Civil Veterinary Department Bengal reports 1933-51 - 1933-1951
Year: 1933
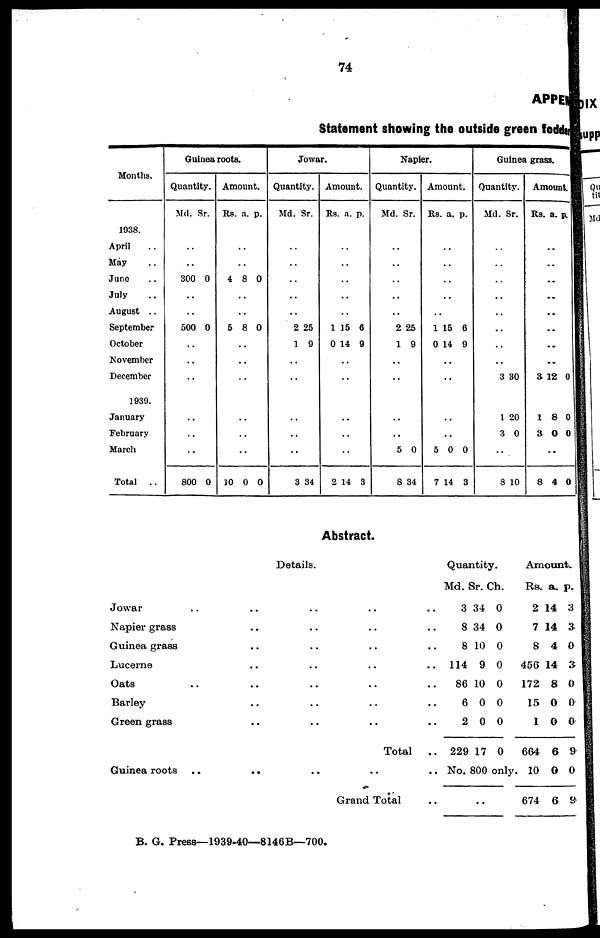
74
APPENDIX
Statement showing the outside green fodder
Months.
1938.
April ..
May ..
June ..
July ..
August ..
September
October
November
December
1939.
January
February
March
Total
..
Guinea roots.
Quantity.
Md.
..
..
300
..
..
500
..
..
..
..
..
..
800
Sr.
0
0
0
Amount.
Rs.
..
..
4
..
..
5
..
..
..
..
..
..
10
a.
8
8
0
p.
0
0
0
Jowar.
Quantity.
Md.
..
..
..
..
..
2
1
..
..
..
..
..
8
Sr.
25
9
34
Amount.
Rs.
..
..
..
..
..
1
0
..
..
..
..
..
2
a.
15
14
14
p.
6
9
3
Napier.
Quantity.
Md.
..
..
..
..
..
2
1
..
..
..
..
5
8
Sr.
25
9
0
34
Amount.
Rs.
..
..
..
..
..
1
0
..
..
..
..
5
7
a.
15
14
0
14
p.
6
9
0
3
Guinea grass.
Quantity.
Md.
..
..
..
..
..
..
..
..
3
1
3
..
8
Sr.
30
20
0
10
Amount.
Rs.
..
..
..
..
..
..
..
..
3
1
3
..
8
a.
12
8
0
4
p.
0
0
0
0
Abstract.
Details.
Jowar .. .. .. .. ..
Napier grass .. .. .. ..
Guinea grass .. .. .. ..
Lucerne .. .. .. ..
Oats .. .. .. .. ..
Barley .. .. .. ..
Green grass .. .. .. ..
Total
..
Guinea roots
..
.. .. .. ..
Grand Total ..
Quantity.
Md.
3
8
8
114
86
6
2
229
No.
..
Sr.
34
34
10
9
10
0
0
17
800
Ch.
0
0
0
0
0
0
0
0
only
Amount.
Rs.
2
7
8
456
172
15
1
664
10
674
a.
14
14
4
14
8
0
0
6
0
6
p.
3
3
0
3
0
0
0
9
0
9
B. G. Press—1939-40—8146B—700.